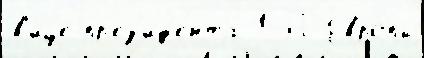
в'ице-пр'ез'ид'е́нта 1 П Евро́пы